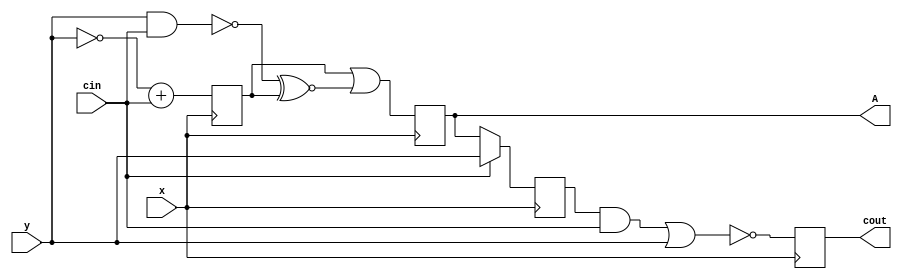
module top
(
 input x,
 input y,
 input cin,

 output reg A,
 output reg cout
 );

 reg A1,cout1;

 initial begin
    A = 0;
    cout = 0;
 end

always @(posedge x) begin
    A1 <=  ~y + &cin;
end
always @(posedge x) begin
    cout1 <= cin ? |y : ^A;
end

always @(posedge x) begin
        A <=  A1|y~&cin~^A1;
end
always @(posedge x) begin
        cout <=  cout1&cin~|y;
end

endmodule